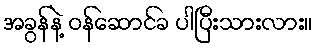
အခွန်နဲ့ ဝန်ဆောင်ခ ပါပြီးသားလား။